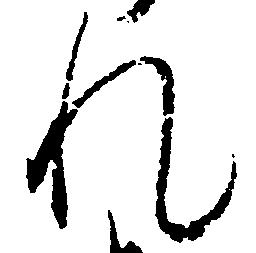
れ